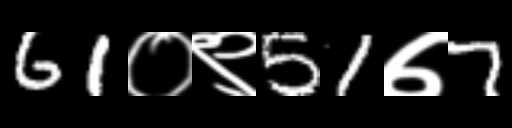
Text: 61०९51७7